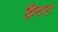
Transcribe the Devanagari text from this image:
हिमारा